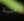
متينة